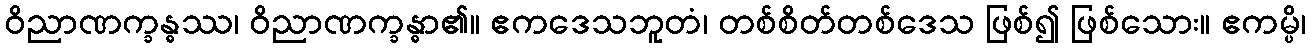
ဝိညာဏက္ခန္ဓဿ၊ ဝိညာဏက္ခန္ဓာ၏။ ဧကဒေသဘူတံ၊ တစ်စိတ်တစ်ဒေသ ဖြစ်၍ ဖြစ်သေား။ ဧကမ္ပိ၊